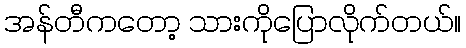
အန်တီကတော့ သားကိုပြောလိုက်တယ်။